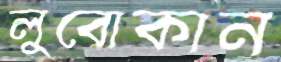
লুবোকান